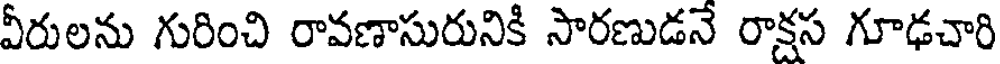
వీరులను గురించి రావణాసురునికి సారణుడనే రాక్షస గూఢచారి